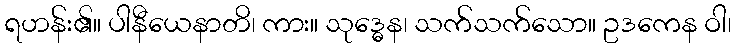
ရဟန်း၏။ ပါနီယေနာတိ၊ ကား။ သုဒ္ဓေန၊ သက်သက်သော။ ဥဒကေန ဝါ၊